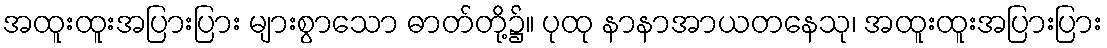
အထူးထူးအပြားပြား များစွာသော ဓာတ်တို့၌။ ပုထု နာနာအာယတနေသု၊ အထူးထူးအပြားပြား